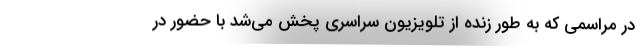
در مراسمی که به طور زنده از تلویزیون سراسری پخش می‌شد با حضور در